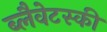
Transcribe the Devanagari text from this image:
ब्लैवेटस्की